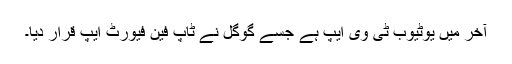
آخر میں یوٹیوب ٹی وی ایپ ہے جسے گوگل نے ٹاپ فین فیورٹ ایپ قرار دیا۔